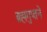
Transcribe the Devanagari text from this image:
ब्रह्मगुप्तने